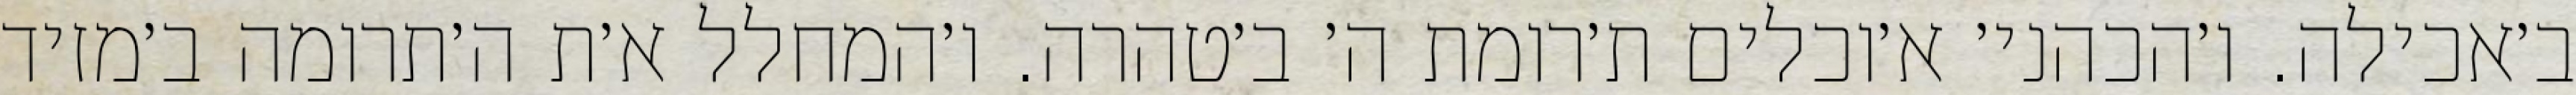
ב׳אכילה. ו׳הכהני׳ א׳וכלים ת׳רומת ה׳ ב׳טהרה. ו׳המחלל א׳ת ה׳תרומה ב׳מזיד